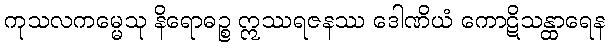
ကုသလကမ္မေသု နိရောဓဉ္စ ဣဿရဇနဿ ဒေါဏိယံ ကောဋိသန္ထာရေန